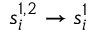
s _ { i } ^ { 1 , 2 } \to s _ { i } ^ { 1 }